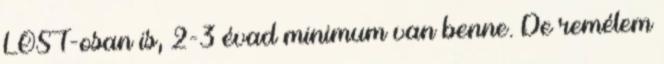
LOST-osan is, 2-3 évad minimum van benne. De remélem